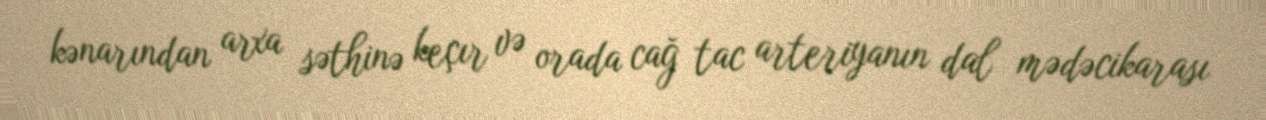
kənarından arxa səthinə keçır və orada cağ tac arteriyanın dal mədəcikarası